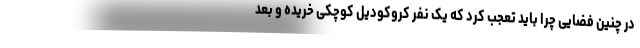
در چنین فضایی چرا باید تعجب کرد که یک نفر کروکودیل کوچکی خریده و بعد